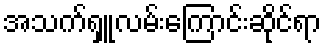
အသက်ရှူလမ်းကြောင်းဆိုင်ရာ